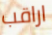
اراقب